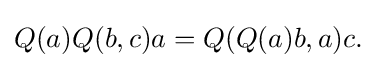
\displaystyle {Q(a)Q(b,c)a=Q(Q(a)b,a)c.}